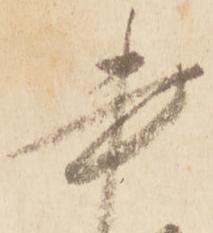
書